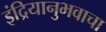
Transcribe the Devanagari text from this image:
इंद्रियानुभवाचा